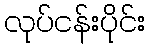
လုပ်ငန်းပိုင်း